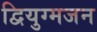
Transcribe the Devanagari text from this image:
द्वियुग्मजन